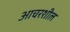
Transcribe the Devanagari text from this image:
आचरशील